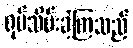
ရုပ်သိမ်းခဲ့ကြသည်